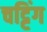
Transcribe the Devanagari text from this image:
चट्टिंग